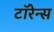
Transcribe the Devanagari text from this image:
टॉरेन्स